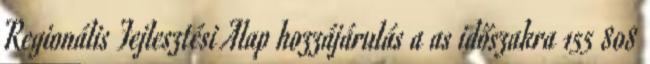
Regionális Fejlesztési Alap hozzájárulás a as időszakra 155 808